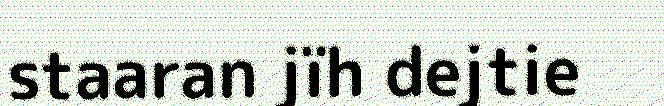
staaran jïh dejtie